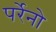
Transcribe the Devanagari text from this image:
पर्रेनो